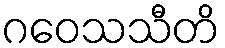
ဂဝေသသီတိ